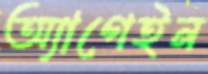
অ্যাগেইন